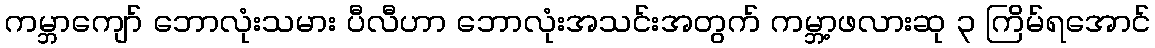
ကမ္ဘာကျော် ဘောလုံးသမား ပီလီဟာ ဘောလုံးအသင်းအတွက် ကမ္ဘာ့ဖလားဆု ၃ ကြိမ်ရအောင်